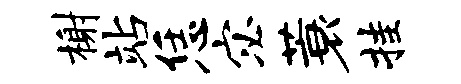
榭站恁宓蓑挂